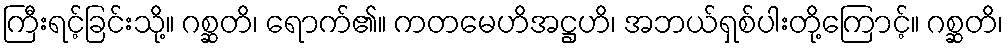
ကြီးရင့်ခြင်းသို့။ ဂစ္ဆတိ၊ ရောက်၏။ ကတမေဟိအဋ္ဌဟိ၊ အဘယ်ရှစ်ပါးတို့ကြောင့်။ ဂစ္ဆတိ၊